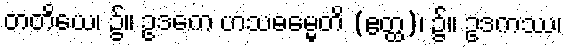
တတိယေ၊ ၌။ ဥဒကေ ဟသဓမ္မေတိ (ဧတ္ထ)၊ ၌။ ဥဒကဿ၊